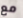
مع